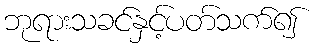
ဘုရားသခင်နှင့်ပတ်သက်၍